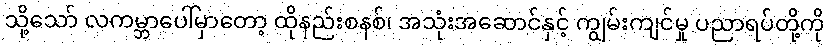
သို့သော် လကမ္ဘာပေါ်မှာတော့ ထိုနည်းစနစ်၊ အသုံးအဆောင်နှင့် ကျွမ်းကျင်မှု ပညာရပ်တို့ကို